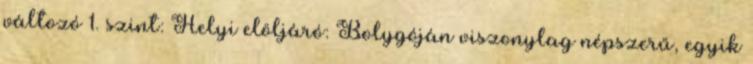
változó 1. szint: Helyi elöljáró: Bolygóján viszonylag népszerű, egyik